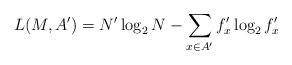
LaTeX: \begin{align*}L(M,A')= N' \log_2 N - \sum_{x \in A'} f'_x \log_2 f'_x\end{align*}